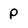
Character: p